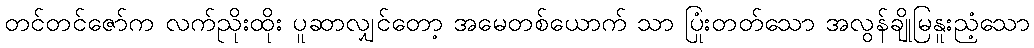
တင်တင်ဇော်က လက်ညိုးထိုး ပူဆာလျှင်တော့ အမေတစ်ယောက် သာ ပြုံးတတ်သော အလွန်ချိုမြနူးညံ့သော